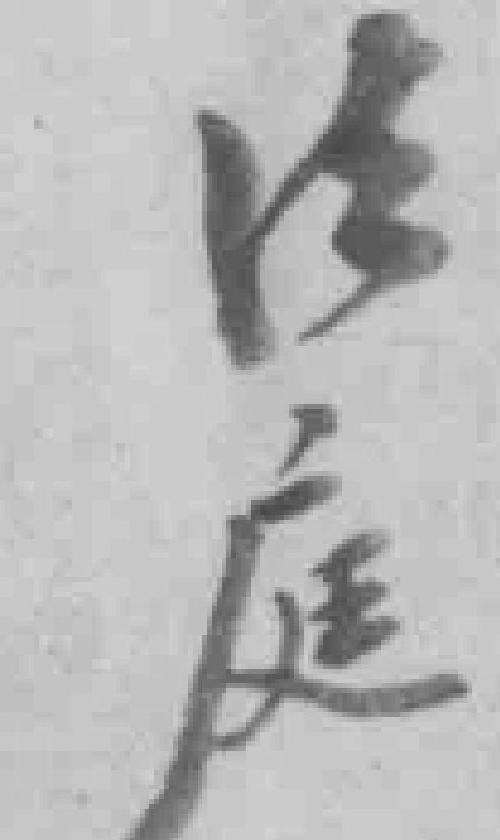
法庭